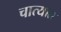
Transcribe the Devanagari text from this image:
चात्यात